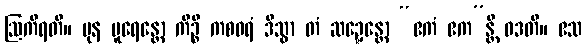
ဩကိရတိ။ ပုန ပူရေန္တော ကိဉ္စိ ကစဝရံ ဒိသွာ တံ ဆဍ္ဍေန္တော “ဧကံ ဧက”န္တိ ဝဒတိ။ ဧသ